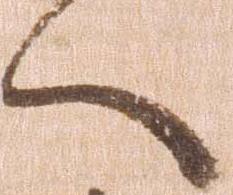
へ